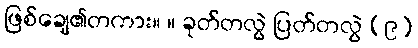
ဖြစ်ချေ၏တကား။ ။ ခုတ်တလွဲ ပြတ်တလွဲ (၉)